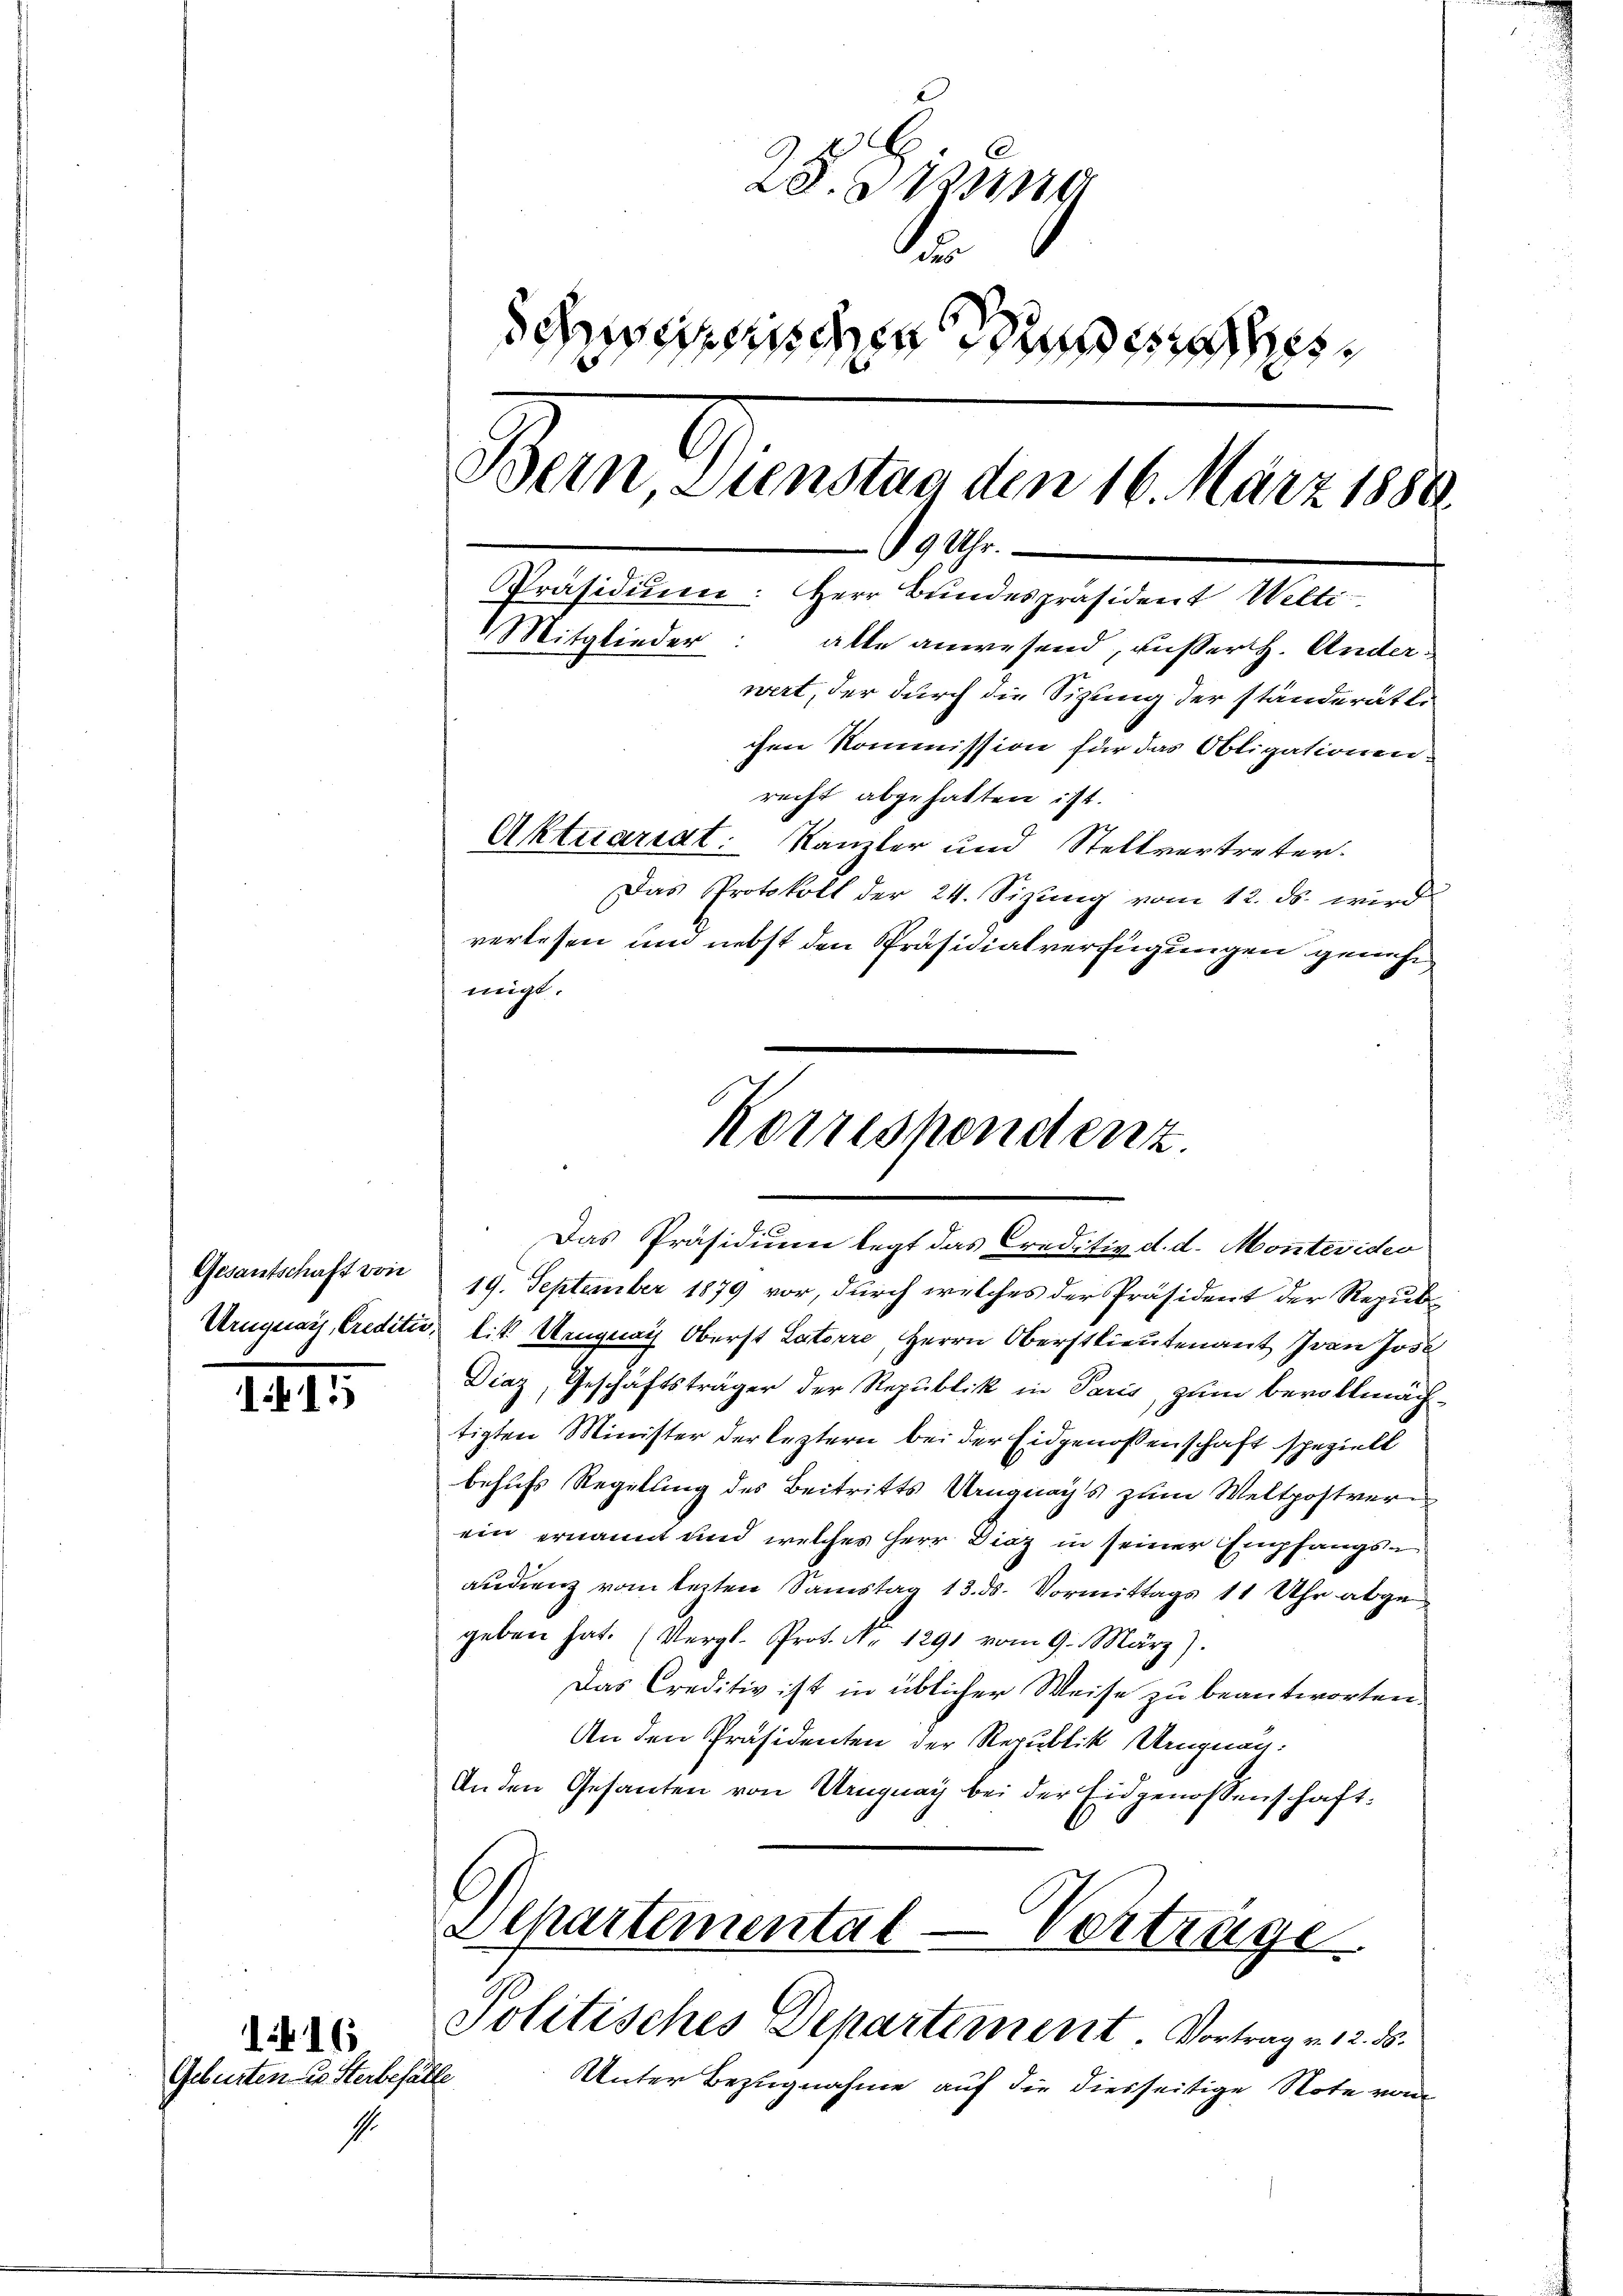
Gesantschaft von

1415

416.
Geburten die Sterbefälle

2219
Schneiden die
Bein, Dienstan den 16. März 1888.
19 Uhr.
Präsidium: Herr Bundespräsident Welti
Mitglieder: alle anwesend, ausser H. Anderwert, der durch die Sitzung der ständerätli
chen Kommission für das Obligationen.
recht abgehalten ist.
Aktuariat. Kanzler und Stellvertreter.
Das Protokoll der 24. Sizŭng vom 12. ds. wird
verlesen und nebst den Präsidialverfügungen genehm
migt.

19. September 1879 vor, durch welches der Präsident der Repub¬
Uruguay, Creditio, lit. Ungeach Oberst Laterre, Herrn Oberstlieutenant Ivan Jose
Diaz, Geschäftsträger der Republik in Paris, zum bevollmächtigten Minister der leztern bei der Eidgenossenschaft speziell
behufs Regelung des Beitritts Ungnays zum Weltpostverein ernannt und welches Herr Diaz in seiner Empfangsaudienz vom lezten Samstag 13. ds. Vormittags 11 Uhr abgegeben hat. (Vergl. Prot. No 1291 vom 9. März).
Das Creditiv ist in üblicher Weise zu beantworten.
An den Präsidenten der Republik Ungnau.
Anden Gesanten von Uruguay bei der Eidgenossenschaft.

Korrespondenz.
Das Präsidium legt das Creditiv d. d. Montevideo

Departemental-Verträge
Politisches Departement. Vortrag v. 12. ds.

Unter Bezugnahme auf die diesseitige Note von